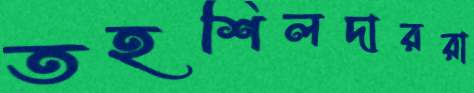
তহশিলদাররা